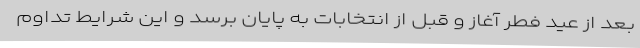
بعد از عید فطر آغاز و قبل از انتخابات به پایان برسد و این شرایط تداوم